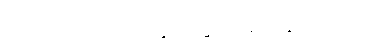
ဟင်းလင်းပြင်ထဲတွင် လွင့်မျောနေပုံရသည်။